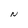
Character: N